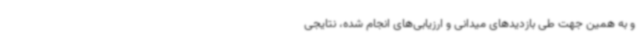
و به همین جهت طی بازدیدهای میدانی و ارزیابی‌های انجام شده، نتایجی